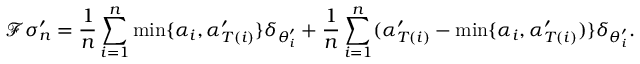
\mathcal { F } \sigma _ { n } ^ { \prime } = \frac { 1 } { n } \sum _ { i = 1 } ^ { n } \operatorname* { m i n } \{ \alpha _ { i } , \alpha _ { T ( i ) } ^ { \prime } \} \delta _ { \theta _ { i } ^ { \prime } } + \frac { 1 } { n } \sum _ { i = 1 } ^ { n } ( \alpha _ { T ( i ) } ^ { \prime } - \operatorname* { m i n } \{ \alpha _ { i } , \alpha _ { T ( i ) } ^ { \prime } ) \} \delta _ { \theta _ { i } ^ { \prime } } .